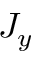
J _ { y }